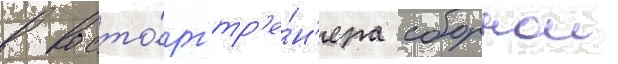
в восто́рг тр'е́н'ера сборнои